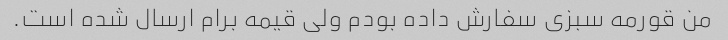
من قورمه سبزی سفارش داده بودم ولی قیمه برام ارسال شده است.